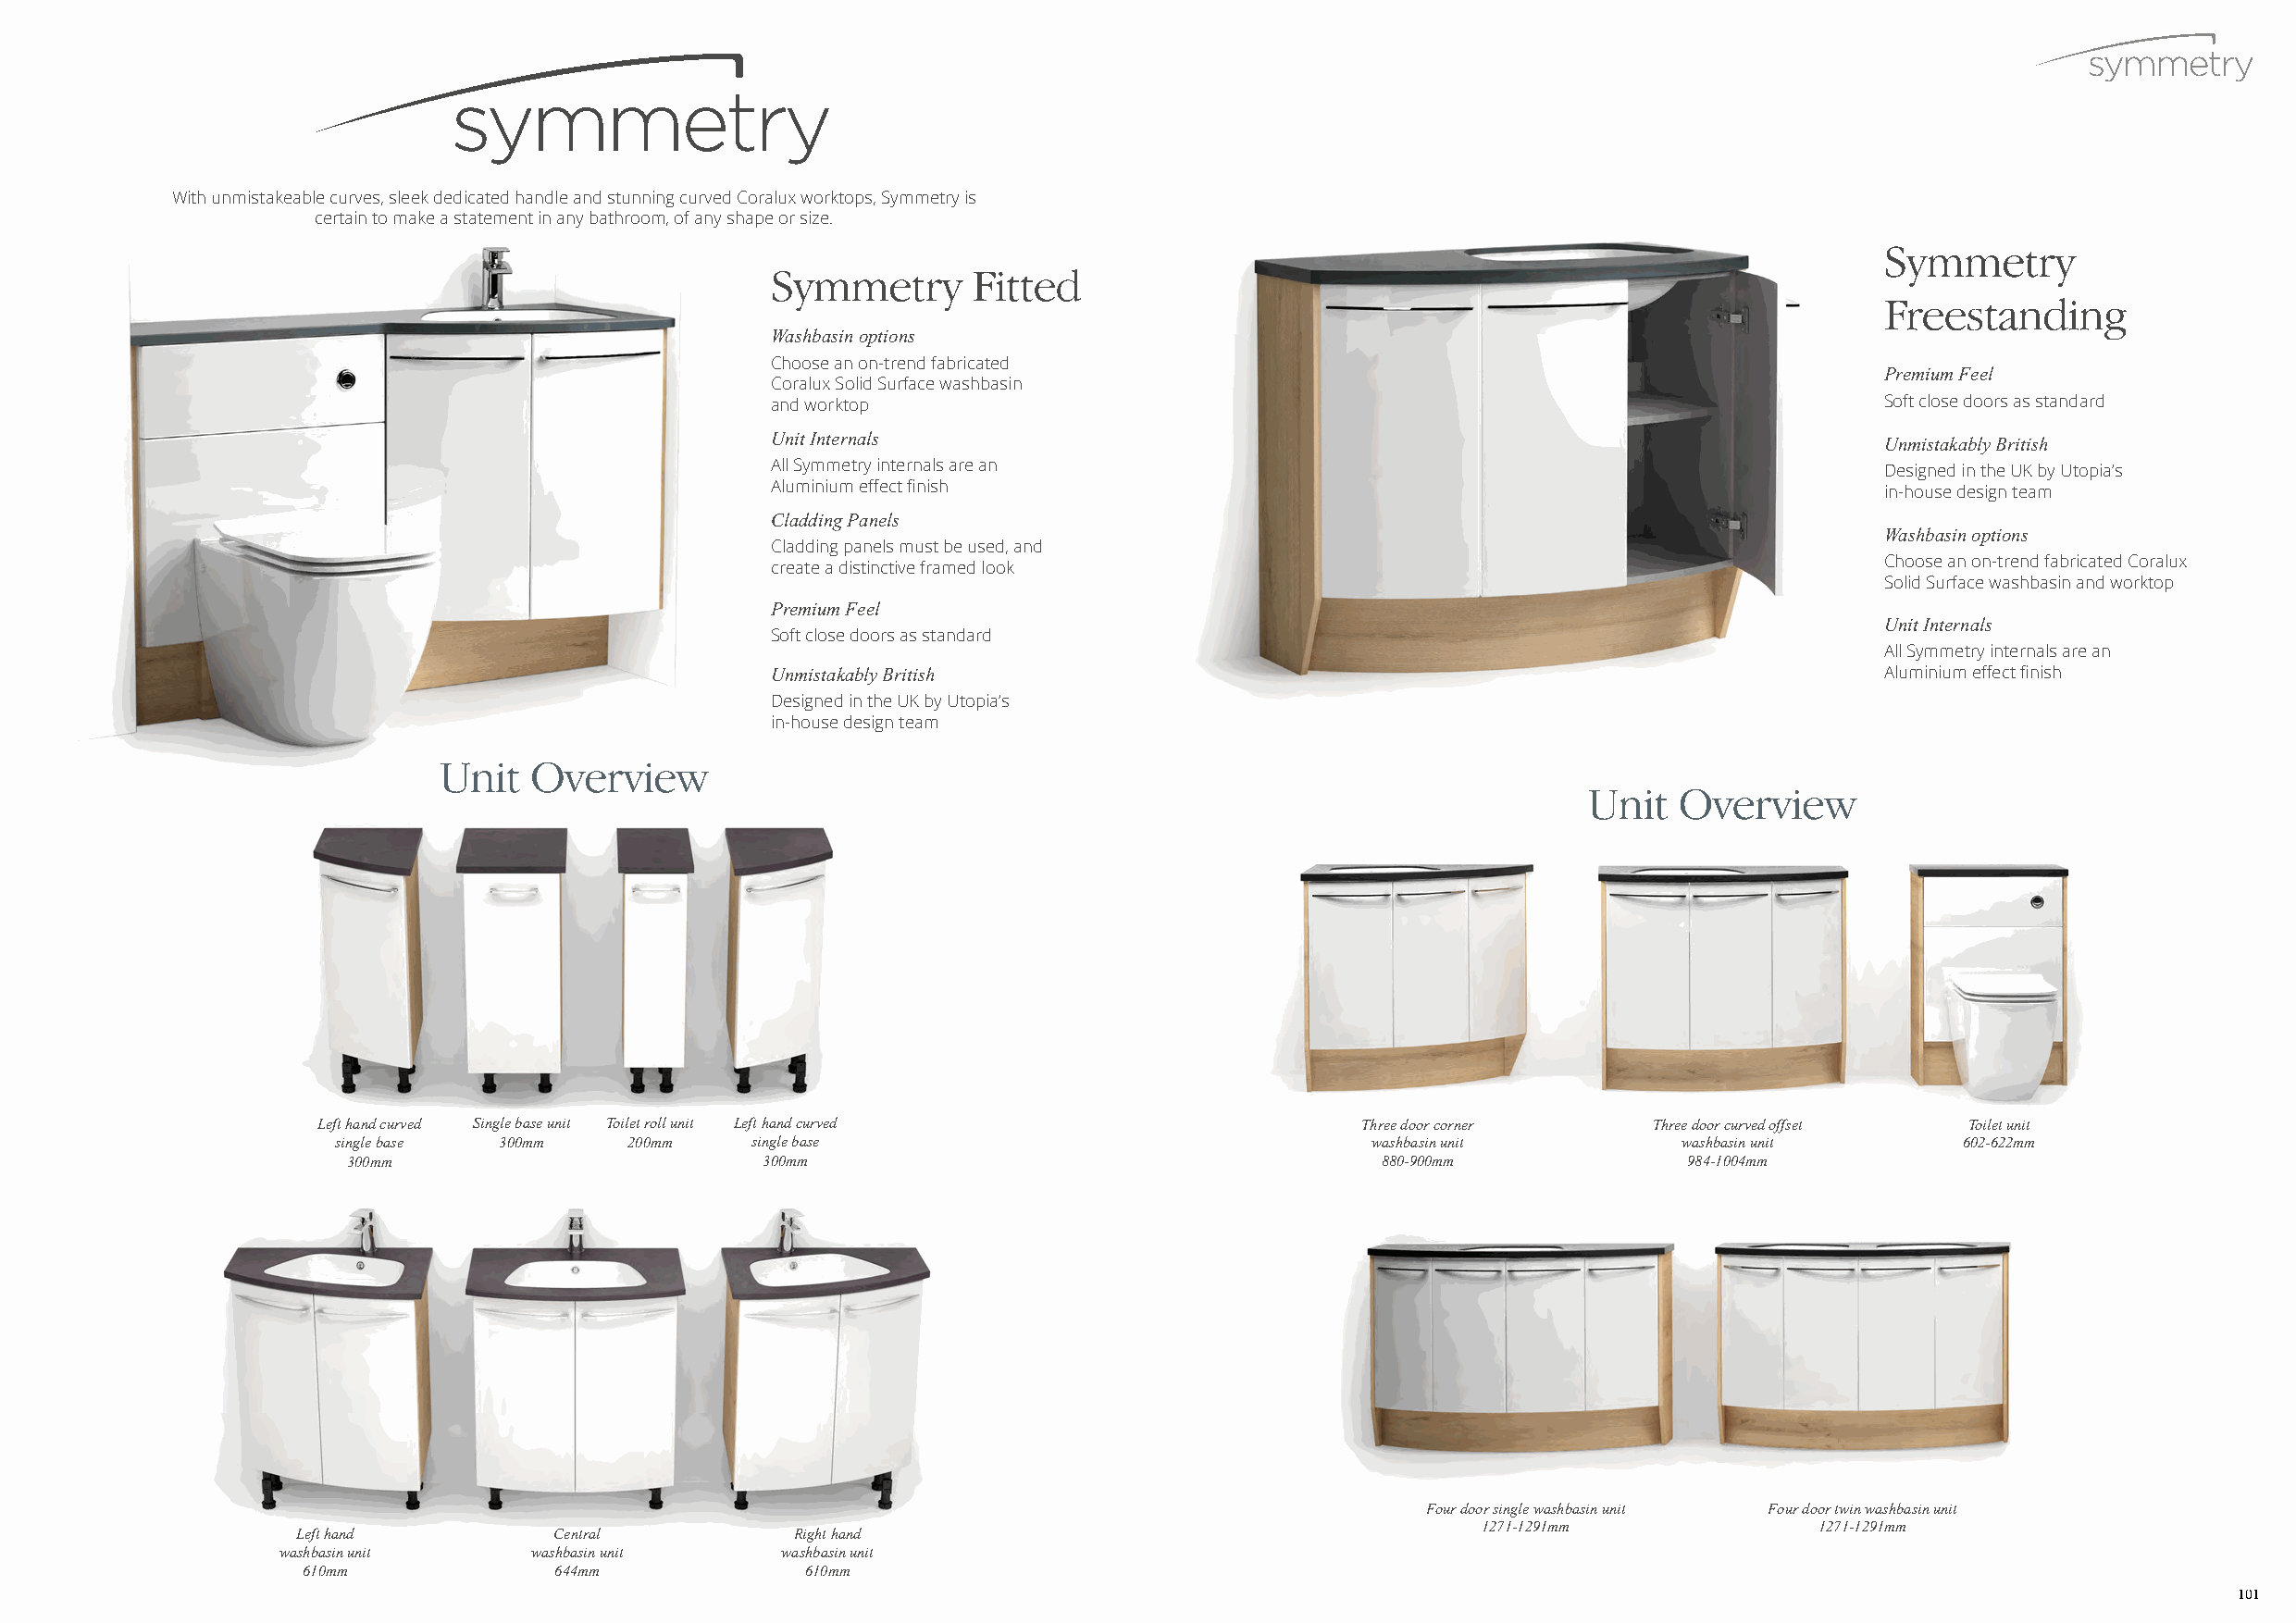
With unmistakeable curves, sleek dedicated handle and stunning curved Coralux worktops, Symmetry is
 certain to make a statement in any bathroom, of any shape or size.
 Symmetry
 Symmetry       Fitted
 Freestanding
 Washbasin options
 Choose an on-trend fabricated
 Premium Feel
 Coralux Solid Surface washbasin
 and worktop                                                                     Soft close doors as standard
 Unit Internals                                                                  Unmistakably British
 All Symmetry internals are an                                                   Designed in the UK by Utopia’s
 Aluminium effect finish                                                         in-house design team
 Cladding Panels
 Washbasin options
 Cladding panels must be used, and
 Choose an on-trend fabricated Coralux
 create a distinctive framed look
 Solid Surface washbasin and worktop
 Premium Feel
 Unit Internals
 Soft close doors as standard
 All Symmetry internals are an
 Unmistakably British                                                            Aluminium effect finish
 Designed in the UK by Utopia’s
 in-house design team
 Unit   Overview
 Unit  Overview
 Left hand curved Single base unit Toilet roll unit Left hand curved       Three door corner    Three door curved offset Toilet unit
 single base 300mm    200mm    single base                                 washbasin unit        washbasin unit      602-622mm
 300mm                         300mm                                       880-900mm             984-1004mm
 Four door single washbasin unit Four door twin washbasin unit
 1271-1291mm             1271-1291mm
 Left hand          Central          Right hand
 washbasin unit    washbasin unit    washbasin unit
 610mm             644mm             610mm
 101